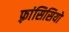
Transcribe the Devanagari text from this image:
फ़्रांसिसियों